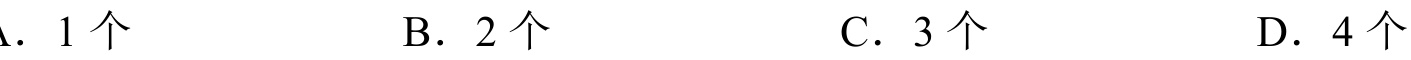
A．1 个
B．2 个
C．3 个
D．4 个